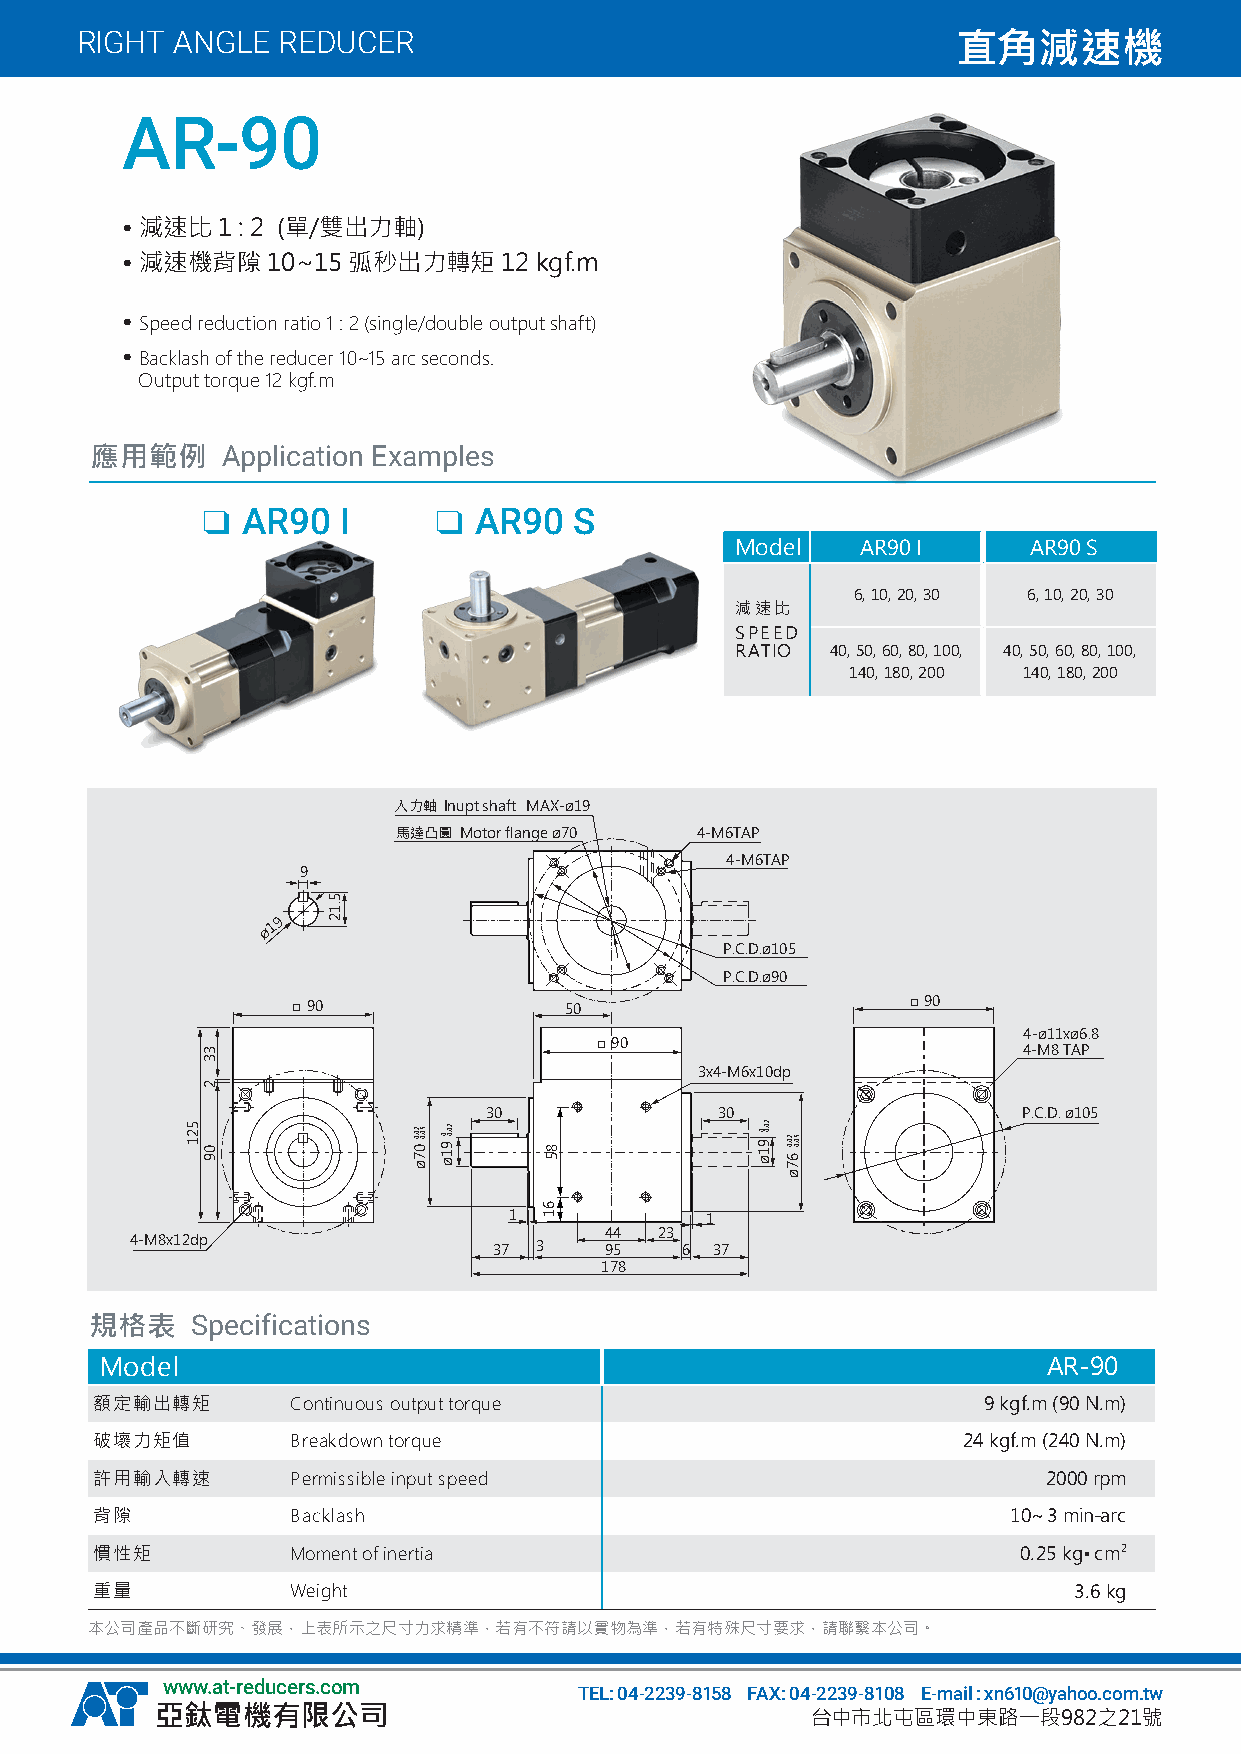
RIGHT ANGLE  REDUCER                                      直角減速機
 AR-90
 • 減速比 1 : 2 (單/雙出力軸)
 • 減速機背隙   10~15 弧秒出力轉矩   12 kgf.m
 • Speed reduction ratio 1 : 2 (single/double output shaft)
 • Backlash of the reducer 10~15 arc seconds.
 Output torque 12 kgf.m
 應用範例     Application Examples
 AR90  I        AR90   S
 Model   AR90 I     AR90 S
 6, 10, 20, 30 6, 10, 20, 30
 減速比
 SPEED
 RATIO 40, 50, 60, 80, 100, 40, 50, 60, 80, 100,
 140, 180, 200 140, 180, 200
 入力軸 Inupt shaft MAX-ø19
 馬達凸圓 Motor flange ø70 4-M6TAP
 4-M6TAP
 9
 ø19
 P.C.D.ø105
 P.C.D.ø90
 □90               50                     □90
 4-ø11xø6.8
 □90
 4-M8 TAP
 3x4-M6x10dp
 30             30                   P.C.D. ø105
 1            1
 44  23
 4-M8x12dp               37 3   95   6 37
 178
 規格表    Specifications
 Model                                                         AR-90
 額定輸出轉矩       Continuous output torque                      9 kgf.m (90 N.m)
 破壞力矩值        Breakdown torque                             24 kgf.m (240 N.m)
 許用輸入轉速       Permissible input speed                           2000 rpm
 背隙           Backlash                                        10~3 min-arc
 慣性矩          Moment of inertia                               0.25 kg•cm2
 重量           Weight                                              3.6 kg
 本公司產品不斷研究、發展，上表所示之尺寸力求精準，若有不符請以實物為準，若有特殊尺寸要求，請聯繫本公司。
 www.at-reducers.com
 TEL: 04-2239-8158 FAX: 04-2239-8108 E-mail : xn610@yahoo.com.tw
 亞鈦電機有限公司                                    台中市北屯區環中東路一段982之21號
 521
 33
 2
 09
 5.12
 20.0-07ø 50.0- 0-91ø 20.0-
 85
 61
 20.00--91ø 20.0-67ø 50.0-